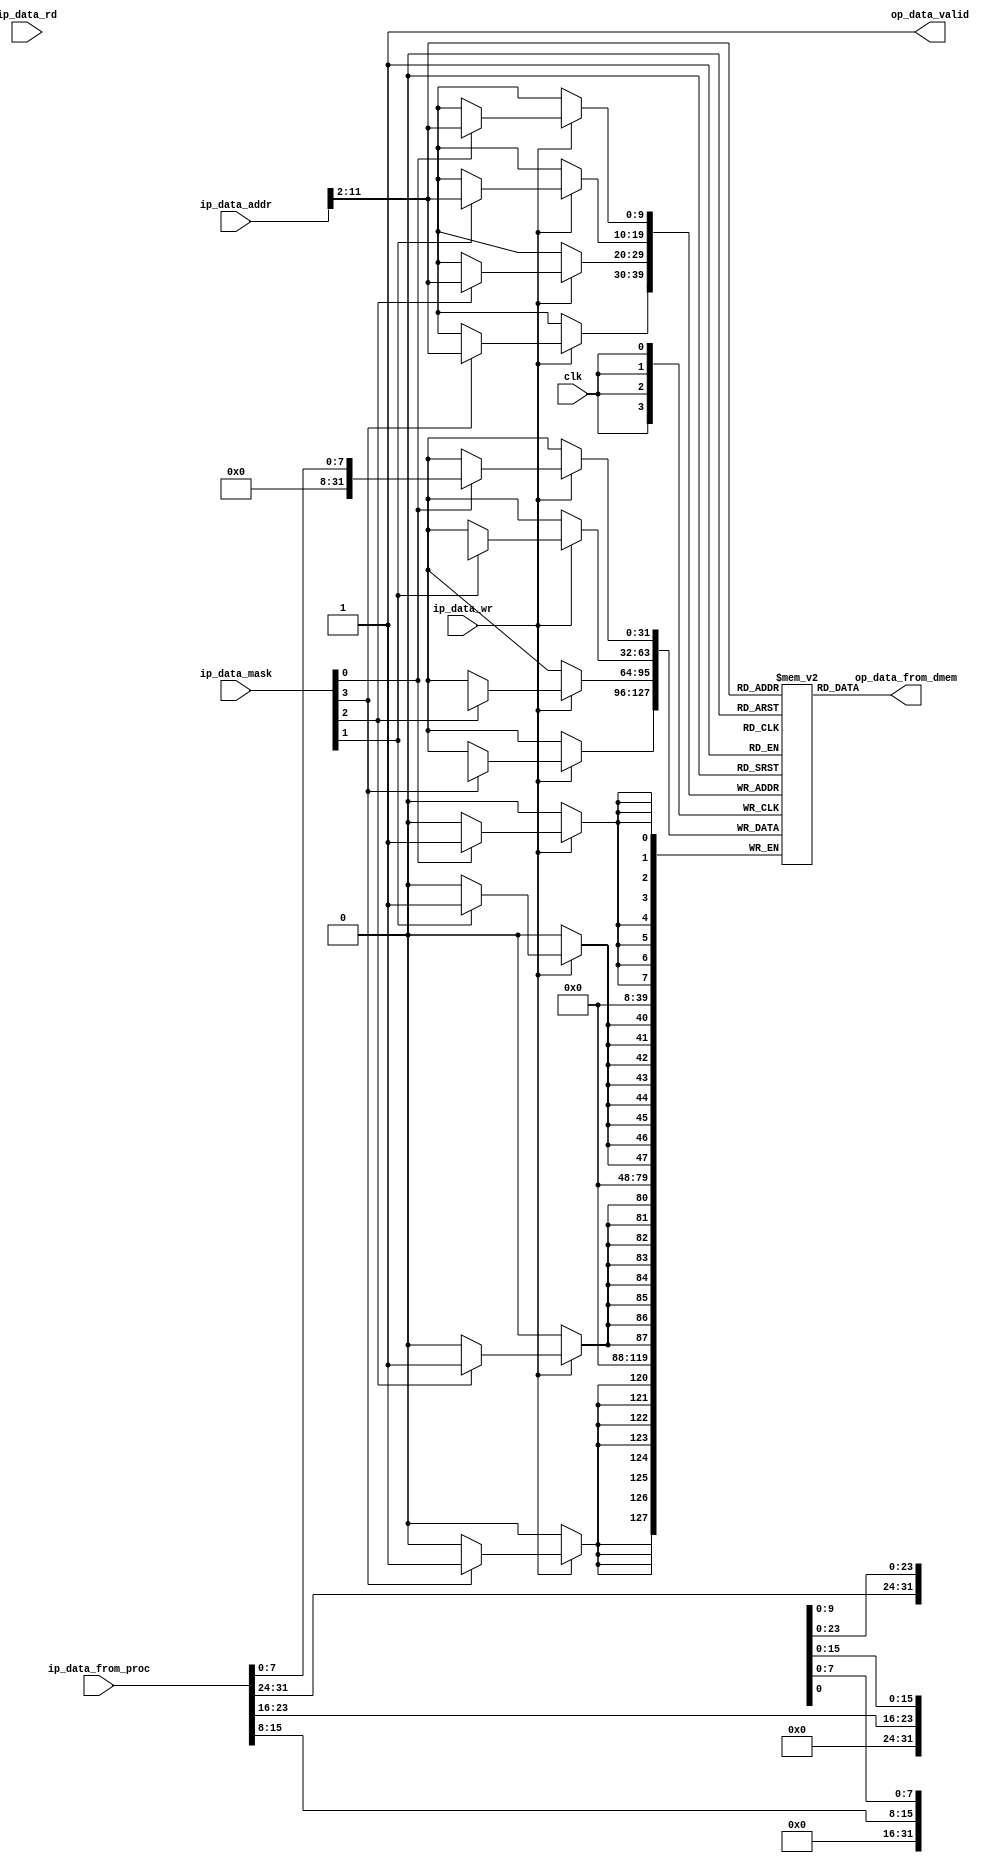
/*
 * Data memory. This data memory has asynchronous reads.
 * Writes are synchronous.
 */

module dmem
  #(
    parameter SIZE_IN_WORDS=1024
   )
  (
   clk,

   ip_data_addr,

   ip_data_wr,
   ip_data_mask,
   ip_data_from_proc,

   ip_data_rd,
   op_data_valid,
   op_data_from_dmem
   );

   input wire 	     clk;

   input wire [31:0] ip_data_addr;

   input wire 	     ip_data_wr;
   input wire [3:0]  ip_data_mask;
   input wire [31:0] ip_data_from_proc;

   input wire 	     ip_data_rd;
   output reg 	     op_data_valid;
   output reg [31:0] op_data_from_dmem;

   reg [31:0] 	     mask;

   // Data memory
   reg [31:0] 	     mem [SIZE_IN_WORDS-1:0];

   always @(*)
     begin : dmem_read_block
	// Ignore ip_data_rd for now. Treat all cycles as read cycles.
	op_data_valid     = 1'b1;
	op_data_from_dmem = mem[ip_data_addr[$clog2(SIZE_IN_WORDS)-1+2:2]];
     end

   always @(posedge clk)
     begin : dmem_write_block
	if (ip_data_wr)
	  begin
	     if (ip_data_mask[0])
	       mem[ip_data_addr[$clog2(SIZE_IN_WORDS)-1+2:2]][7:0]   <= ip_data_from_proc[7:0];
	     if (ip_data_mask[1])
	       mem[ip_data_addr[$clog2(SIZE_IN_WORDS)-1+2:2]][15:8]  <= ip_data_from_proc[15:8];
	     if (ip_data_mask[2])
	       mem[ip_data_addr[$clog2(SIZE_IN_WORDS)-1+2:2]][23:16] <= ip_data_from_proc[23:16];
	     if (ip_data_mask[3])
	       mem[ip_data_addr[$clog2(SIZE_IN_WORDS)-1+2:2]][31:24] <= ip_data_from_proc[31:24];
	  end
     end

endmodule